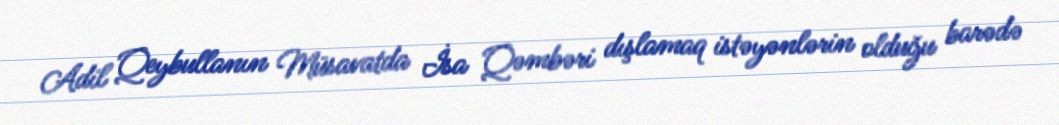
Adil Qeybullanın Müsavatda İsa Qəmbəri dışlamaq istəyənlərin olduğu barədə